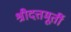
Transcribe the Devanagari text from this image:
श्रीदत्तमूर्ती